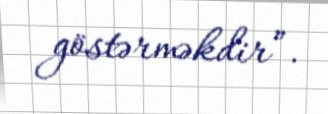
göstərməkdir”.